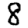
Digit: 8